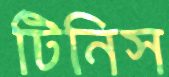
টিনিস